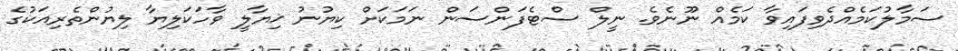
ސަމާލުކަމެއްދެވިފައިވާ ކަމެއް ނޫނެވެ. ނީލް ސްޓެފަންސަން ނަމަކަށް ކިޔުނު ޚިޔާލީ ވާހަކަލިޔާ ލިޔުންތެރިއަކުގެ